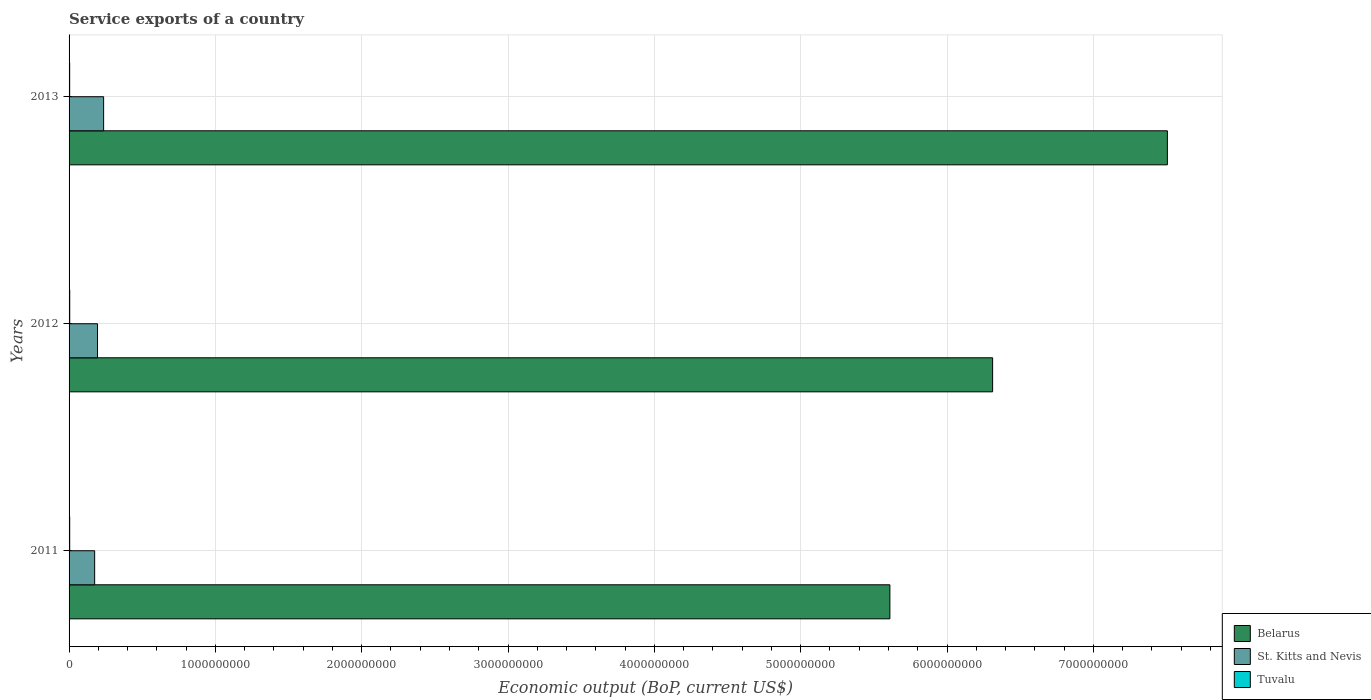
| Years | Belarus | St. Kitts and Nevis | Tuvalu |
 | --- | --- | --- | --- |
 | 2011 | 5.61e+09 | 1.75e+08 | 4.35e+06 |
 | 2012 | 6.31e+09 | 1.94e+08 | 4.49e+06 |
 | 2013 | 7.51e+09 | 2.36e+08 | 4.14e+06 |